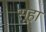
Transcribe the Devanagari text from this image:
सूहा